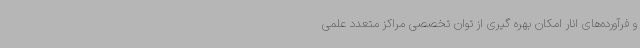
و فرآورده‌های انار امکان بهره گیری از توان تخصصی مراکز متعدد علمی